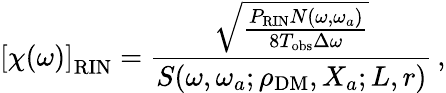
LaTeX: \left[\chi(\omega)\right]_{\mathrm{RIN}}=\frac{\sqrt{\frac{P_{\mathrm{RIN}}N(\omega,\omega_{a})}{8T_{\mathrm{obs}}\Delta\omega}}}{S(\omega,\omega_{a};\rho_{\mathrm{DM}},X_{a};L,r)}\, ,